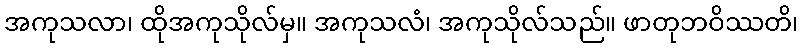
အကုသလာ၊ ထိုအကုသိုလ်မှ။ အကုသလံ၊ အကုသိုလ်သည်။ ဖာတုဘဝိဿတိ၊